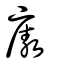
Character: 廒